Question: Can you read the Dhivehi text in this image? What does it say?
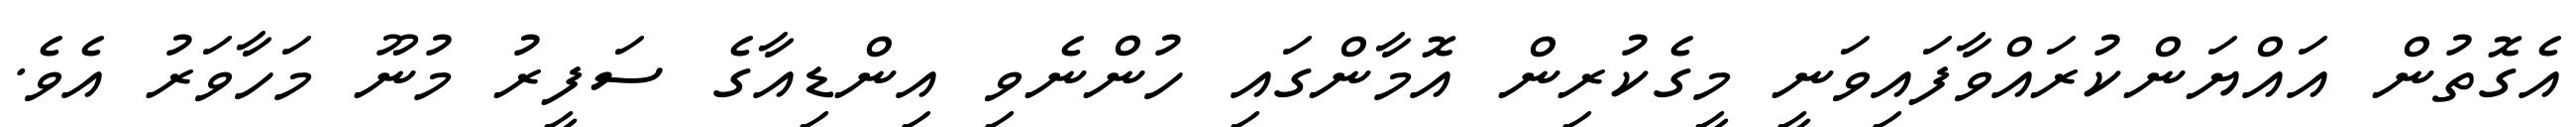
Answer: އެގޮތުން އައްޔަންކުރައްވާފައިވަނީ މީގެކުރިން އޮމާންގައި ހުންނެވި އިންޑިއާގެ ސަފީރު މުނޫ މަހާވަރު އެވެ.